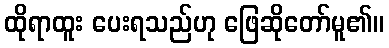
ထိုရာထူး ပေးရသည်ဟု ဖြေဆိုတော်မူ၏။